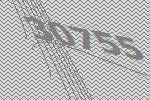
30755